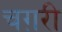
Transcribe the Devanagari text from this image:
चग़री